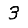
Digit: 3